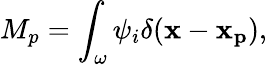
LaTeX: M_{p}=\int_{\omega}\psi_{i}\delta(\mathbf{x}-\mathbf{x_{p}}),